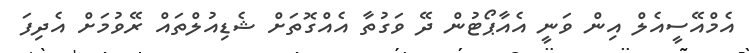
އެމްއޭސީއެލް އިން ވަނީ އެއާޕޯޓުން ދޭ ވަގުތާ އެއްގޮތަށް ޝެޑިއުލްތައް ރޭވުމަށް އެދިފަ